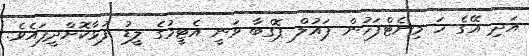
އަދި އޭގެ ހަ މިނެޓްފަހުން ޕައުލް ޕޮގްބާ ވަނީ އެޓީމުގެ ލީޑު ފުޅާކޮށްދީފައެވެ.